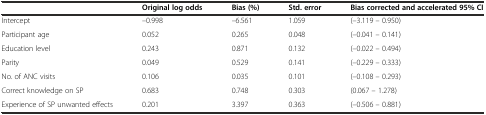
|  | Original log odds | Bias (%) | Std. error | Bias corrected and accelerated 95% CI |
 | --- | --- | --- | --- | --- |
 | Intercept | –0.998 | –6.561 | 1.059 | (–3.119 – 0.950) |
 | Participant age | 0.052 | 0.265 | 0.048 | (–0.041 – 0.141) |
 | Education level | 0.243 | 0.871 | 0.132 | (–0.022 – 0.494) |
 | Parity | 0.049 | 0.529 | 0.141 | (–0.229 – 0.333) |
 | No. of ANC visits | 0.106 | 0.035 | 0.101 | (–0.108 – 0.293) |
 | Correct knowledge on SP | 0.683 | 0.748 | 0.303 | (0.067 – 1.278) |
 | Experience of SP unwanted effects | 0.201 | 3.397 | 0.363 | (–0.506 – 0.881) |